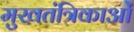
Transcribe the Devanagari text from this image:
मुखतंत्रिकाओं